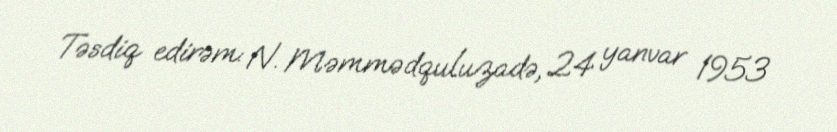
Təsdiq edirəm: N. Məmmədquluzadə, 24 yanvar 1953